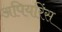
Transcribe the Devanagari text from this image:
अपियरिंस